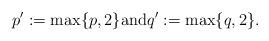
LaTeX: \begin{align*}p^{\prime}:=\max\{p,2\} \hbox{and} q^{\prime}:=\max\{q,2\}.\end{align*}